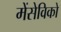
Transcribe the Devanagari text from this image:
मेंसेविको